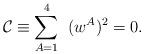
LaTeX: \begin{align*}\mathcal{C} \equiv \sum_{A=1}^{4}\;\; (w^A)^2 =0.\end{align*}